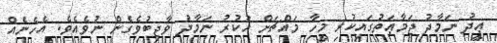
ޢީދު ނަމާދު ޖަމާޢަތުގައިކުރި މީހާ މައްޗަށް ހުކުރު ނަމާދު ވާޖިބުވެގެން ނުވެއެވެ. އެހެނެއް